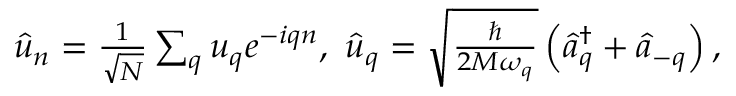
\begin{array} { r } { \widehat { u } _ { n } = \frac { 1 } { \sqrt { N } } \sum _ { q } u _ { q } e ^ { - i q n } , ~ \widehat { u } _ { q } = \sqrt { \frac { \hbar } { 2 M \omega _ { q } } } \left( \widehat { a } _ { q } ^ { \dagger } + \widehat { a } _ { - q } \right) , } \end{array}